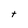
Character: t